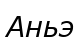
Аньэ